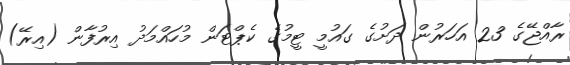
ރާއްޖޭގެ 23 އަހަރުން ދަށުގެ ގައުމީ ޓީމުގެ ކެޕްޓަން މުހައްމަދު އިރުފާން (އިރޭ)